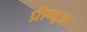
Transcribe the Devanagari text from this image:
प्रीव्यूअर